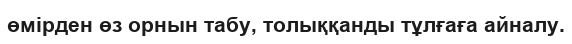
өмірден өз орнын табу, толыққанды тұлғаға айналу.